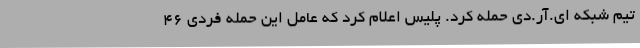
تیم شبکه ای.آر.دی حمله کرد. پلیس اعلام کرد که عامل این حمله فردی 46